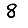
Digit: 8